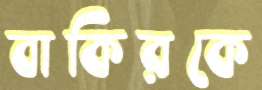
বাকিরকে